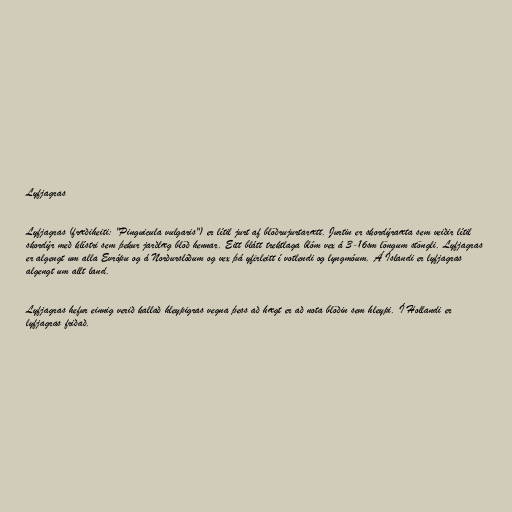
Lyfjagras

Lyfjagras (fræðiheiti: "Pinguicula vulgaris") er lítil jurt af blöðrujurtarætt. Jurtin er skordýraæta sem veiðir lítil
skordýr með klístri sem þekur jarðlæg blöð hennar. Eitt blátt trektlaga blóm vex á 3-16sm löngum stöngli. Lyfjagras
er algengt um alla Evrópu og á Norðurslóðum og vex þá yfirleitt í votlendi og lyngmóum. Á Íslandi er lyfjagras
algengt um allt land.

Lyfjagras hefur einnig verið kallað hleypigras vegna þess að hægt er að nota blöðin sem hleypi. Í Hollandi er
lyfjagras friðað.